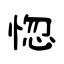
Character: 惚